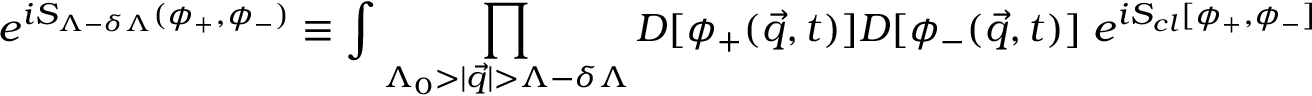
e ^ { i S _ { \Lambda - \delta \Lambda } ( \phi _ { + } , \phi _ { - } ) } \equiv \int \prod _ { \Lambda _ { 0 } > | { \vec { q } } | > \Lambda - \delta \Lambda } { \cal D } [ \phi _ { + } ( { \vec { q } } , t ) ] { \cal D } [ \phi _ { - } ( { \vec { q } } , t ) ] \; e ^ { i S _ { c l } [ \phi _ { + } , \phi _ { - } ] }